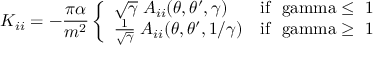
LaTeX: K _ { i i } = - \frac { \pi \alpha } { m ^ { 2 } } \left\{ \begin{array} { l l } { { \sqrt { \gamma } \; A _ { i i } ( \theta , \theta ^ { \prime } , \gamma ) } } & { { \mathrm { i f ~ \ g a m m a \leq ~ 1 ~ } } } \\ { { { \frac { 1 } { \sqrt \gamma } } \; A _ { i i } ( \theta , \theta ^ { \prime } , 1 / \gamma ) } } & { { \mathrm { i f ~ \ g a m m a \geq ~ 1 ~ } } } \end{array} \right.